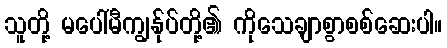
သူတို့ မပေါ်မီကျွန်ုပ်တို့၏ ကိုသေချာစွာစစ်ဆေးပါ။